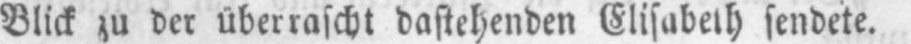
Blick zu der überrascht dastehenden Elisabeth sendete.